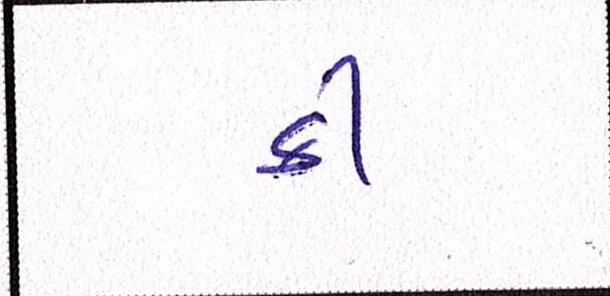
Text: કી